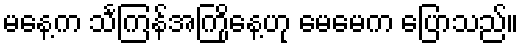
မနေ့က သင်္ကြန်အကြိုနေ့ဟု မေမေက ပြောသည်။